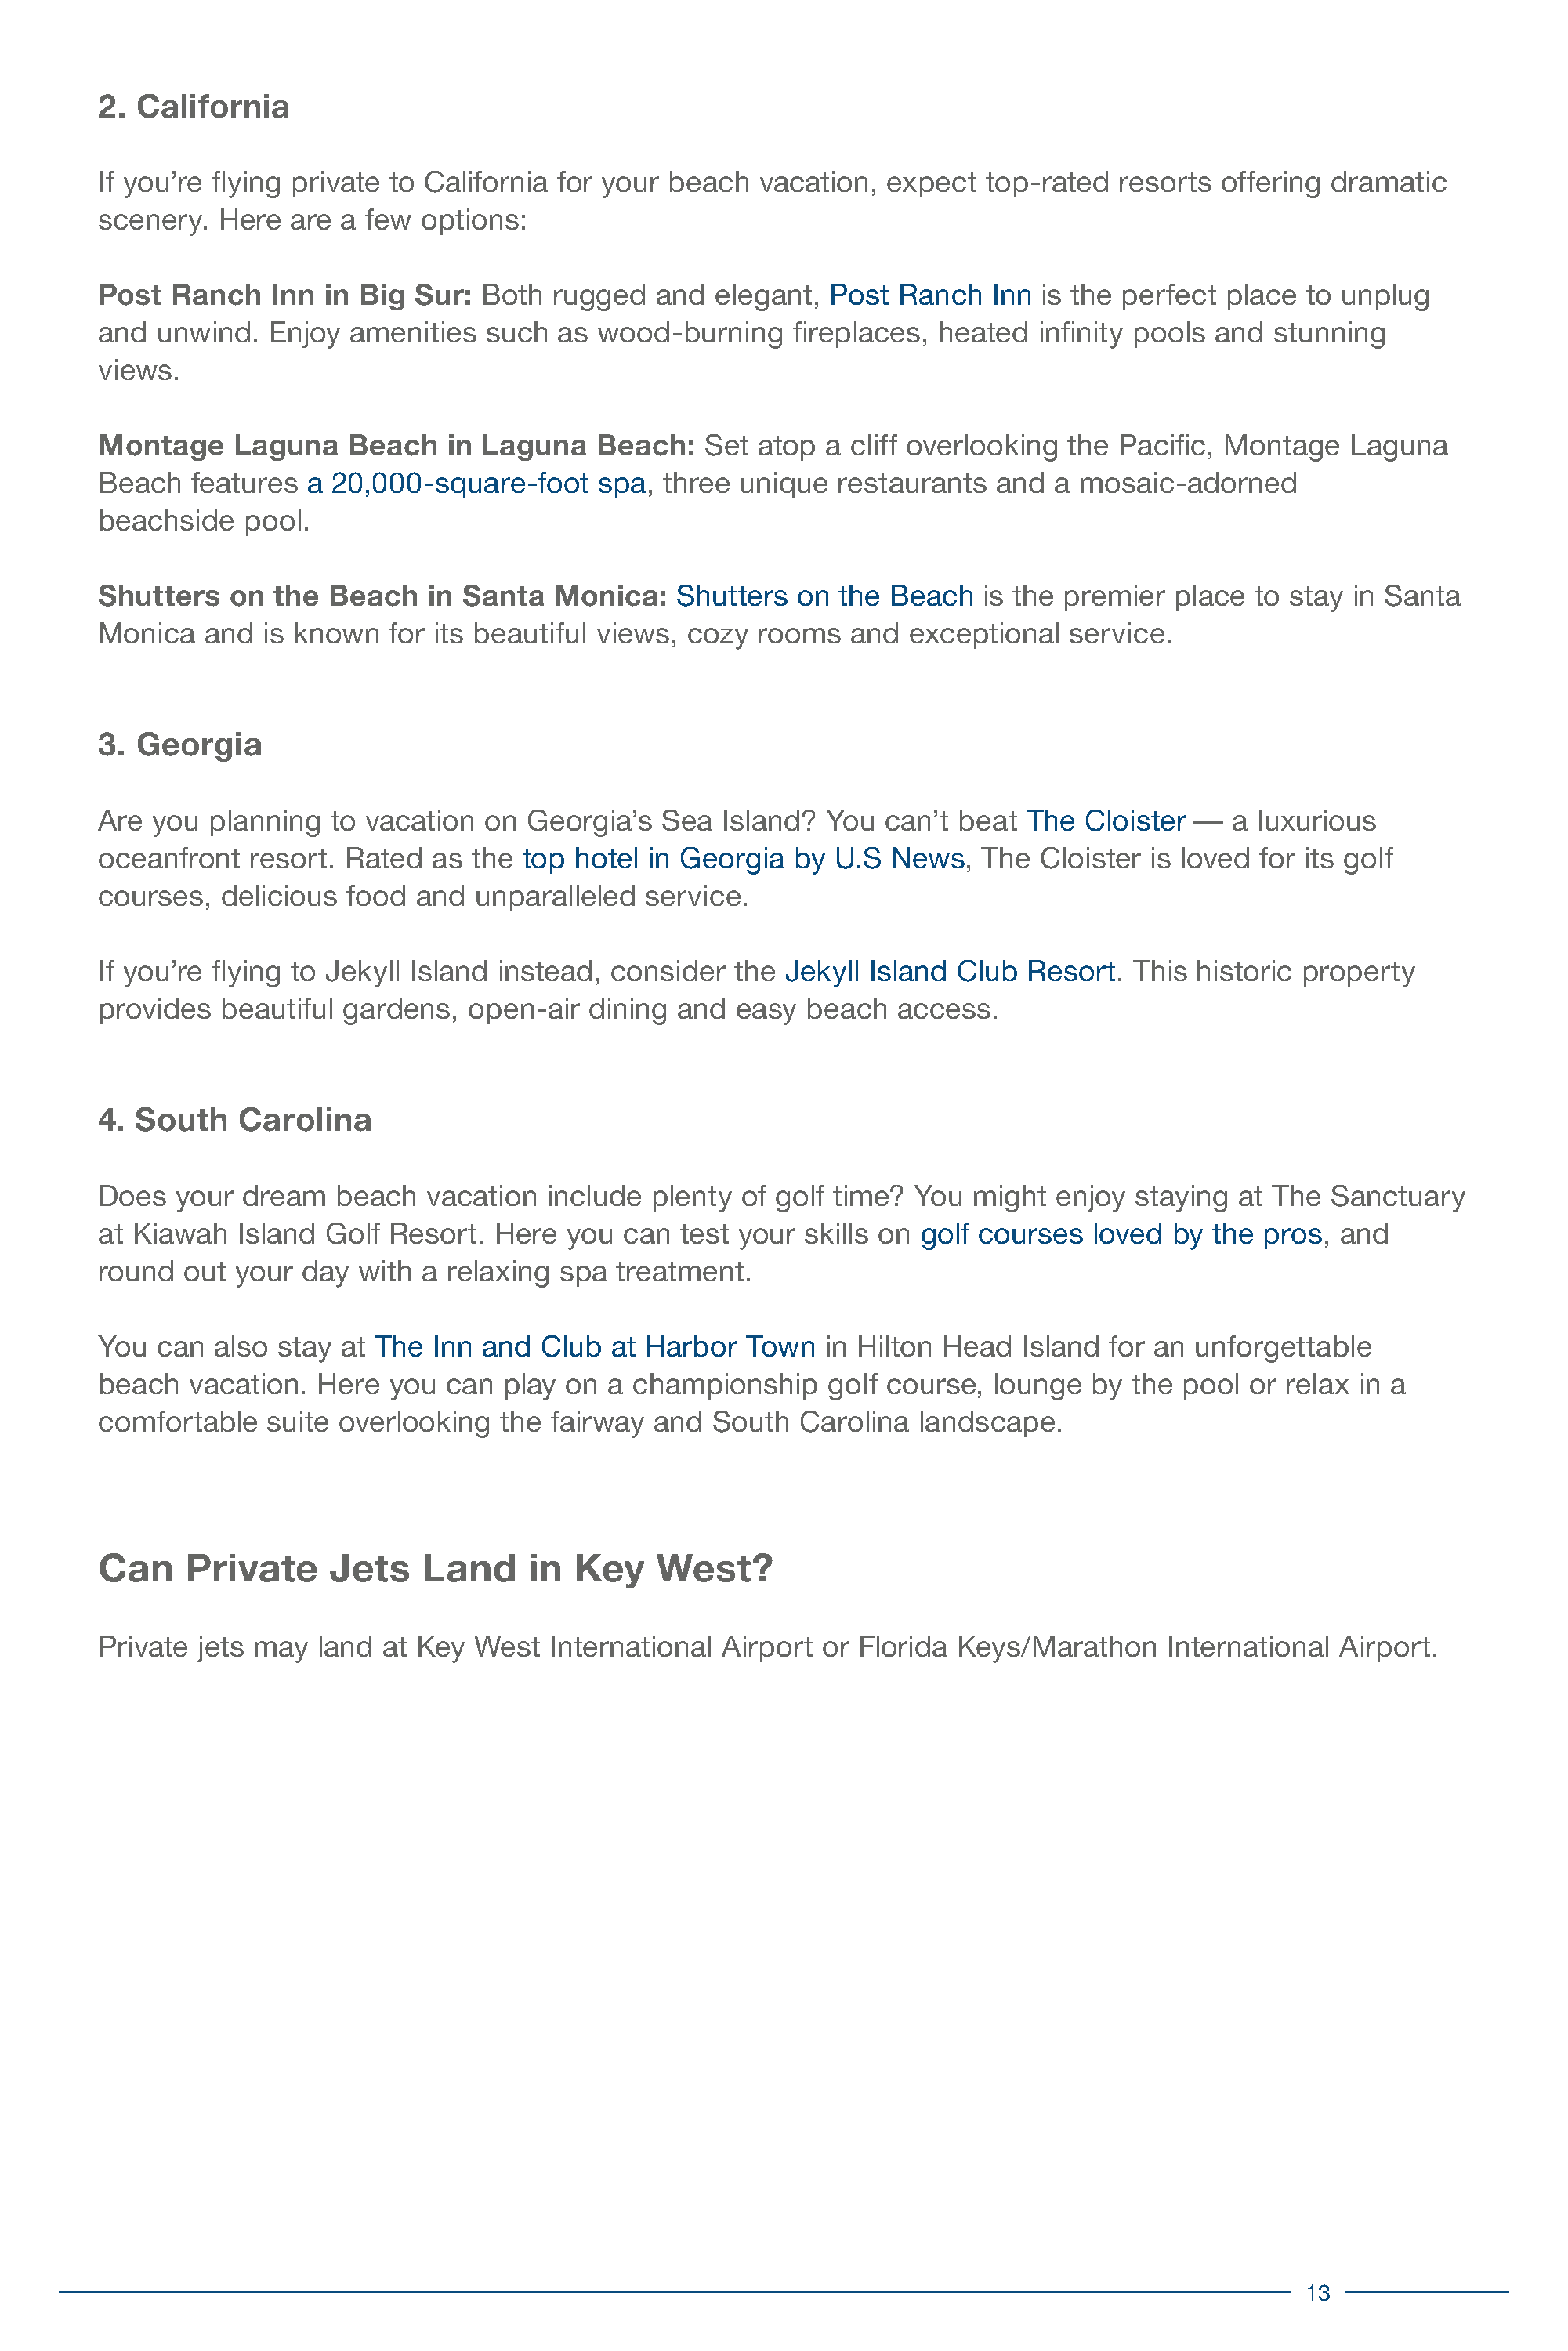
2.  California
 If you’re flying private to California for your beach   vacation,  expect  top-rated  resorts  offering dramatic
 scenery.  Here   are a few  options:
 Post  Ranch    Inn in Big  Sur:  Both  rugged  and  elegant,  Post  Ranch   Inn is the perfect place  to unplug
 and  unwind.   Enjoy  amenities  such  as wood-burning     fireplaces, heated   infinity pools and  stunning
 views.
 Montage     Laguna   Beach    in Laguna   Beach:   Set  atop  a cliff overlooking the Pacific, Montage    Laguna
 Beach   features  a 20,000-square-foot    spa,  three unique   restaurants  and  a mosaic-adorned
 beachside    pool.
 Shutters   on  the  Beach   in Santa   Monica:   Shutters  on  the Beach   is the premier  place  to stay in Santa
 Monica   and  is known   for its beautiful views, cozy  rooms   and  exceptional  service.
 3. Georgia
 Are  you  planning  to vacation  on  Georgia’s  Sea  Island?  You  can’t beat  The  Cloister —  a luxurious
 oceanfront   resort. Rated   as the top  hotel in Georgia  by U.S  News,   The  Cloister is loved for its golf
 courses,   delicious food  and  unparalleled   service.
 If you’re flying to Jekyll Island instead,  consider  the Jekyll Island  Club  Resort.  This historic property
 provides   beautiful gardens,   open-air  dining and  easy  beach   access.
 4. South    Carolina
 Does   your dream   beach   vacation  include  plenty  of golf time? You  might  enjoy  staying  at The Sanctuary
 at Kiawah   Island Golf  Resort.  Here  you  can test your  skills on golf courses  loved  by the  pros, and
 round   out your  day with  a relaxing spa  treatment.
 You  can  also stay  at The  Inn and  Club  at Harbor  Town   in Hilton Head  Island  for an unforgettable
 beach   vacation.  Here  you  can play  on a championship     golf course,  lounge  by  the pool  or relax in a
 comfortable    suite overlooking  the  fairway and  South   Carolina  landscape.
 Can     Private     Jets    Land     in Key    West?
 Private  jets may  land at Key  West  International  Airport or Florida  Keys/Marathon     International Airport.
 13